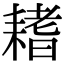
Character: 𦔌